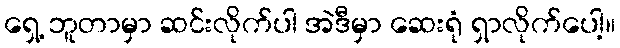
ရှေ့ ဘူတာမှာ ဆင်းလိုက်ပါ အဲဒီမှာ ဆေးရုံ ရှာလိုက်ပေါ့။